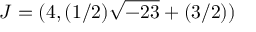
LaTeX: J = ( 4 , ( 1 / 2 ) { \sqrt { - 2 3 } } + ( 3 / 2 ) )